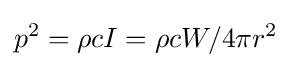
p^{2}=\rho cI=\rho cW/4\pi r^{2}